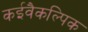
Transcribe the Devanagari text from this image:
कईवैकल्पिक